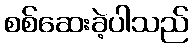
စစ်ဆေးခဲ့ပါသည်